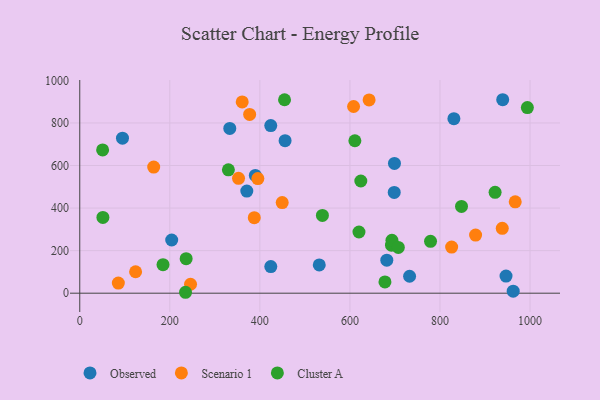
{"axis": {"x": "Study Hours", "y": "Exam Score"}, "legend": ["Cluster A", "Observed", "Scenario 1"], "data": [{"x": "681.9", "y": 155.1, "type": "Observed"}, {"x": "204.2", "y": 249.9, "type": "Observed"}, {"x": "389.9", "y": 553.2, "type": "Observed"}, {"x": "939.3", "y": 909.1, "type": "Observed"}, {"x": "371.0", "y": 479.7, "type": "Observed"}, {"x": "531.9", "y": 132.7, "type": "Observed"}, {"x": "962.6", "y": 9.4, "type": "Observed"}, {"x": "424.3", "y": 125.0, "type": "Observed"}, {"x": "830.9", "y": 820.0, "type": "Observed"}, {"x": "732.5", "y": 79.7, "type": "Observed"}, {"x": "424.2", "y": 787.4, "type": "Observed"}, {"x": "946.7", "y": 80.6, "type": "Observed"}, {"x": "94.9", "y": 728.2, "type": "Observed"}, {"x": "698.9", "y": 609.9, "type": "Observed"}, {"x": "698.4", "y": 473.7, "type": "Observed"}, {"x": "456.0", "y": 716.5, "type": "Observed"}, {"x": "333.2", "y": 774.1, "type": "Observed"}, {"x": "85.7", "y": 47.6, "type": "Scenario 1"}, {"x": "387.6", "y": 355.0, "type": "Scenario 1"}, {"x": "879.1", "y": 273.0, "type": "Scenario 1"}, {"x": "967.1", "y": 429.3, "type": "Scenario 1"}, {"x": "642.6", "y": 908.3, "type": "Scenario 1"}, {"x": "164.2", "y": 592.5, "type": "Scenario 1"}, {"x": "825.9", "y": 216.7, "type": "Scenario 1"}, {"x": "395.5", "y": 538.5, "type": "Scenario 1"}, {"x": "449.6", "y": 425.6, "type": "Scenario 1"}, {"x": "246.0", "y": 41.9, "type": "Scenario 1"}, {"x": "360.8", "y": 898.8, "type": "Scenario 1"}, {"x": "938.3", "y": 304.7, "type": "Scenario 1"}, {"x": "608.1", "y": 877.3, "type": "Scenario 1"}, {"x": "124.0", "y": 100.7, "type": "Scenario 1"}, {"x": "352.6", "y": 539.9, "type": "Scenario 1"}, {"x": "377.3", "y": 840.2, "type": "Scenario 1"}, {"x": "692.3", "y": 225.8, "type": "Cluster A"}, {"x": "677.8", "y": 52.8, "type": "Cluster A"}, {"x": "236.3", "y": 162.2, "type": "Cluster A"}, {"x": "994.1", "y": 872.3, "type": "Cluster A"}, {"x": "234.9", "y": 4.3, "type": "Cluster A"}, {"x": "693.3", "y": 248.3, "type": "Cluster A"}, {"x": "51.4", "y": 355.8, "type": "Cluster A"}, {"x": "50.8", "y": 673.1, "type": "Cluster A"}, {"x": "454.8", "y": 908.9, "type": "Cluster A"}, {"x": "611.0", "y": 716.3, "type": "Cluster A"}, {"x": "707.5", "y": 215.0, "type": "Cluster A"}, {"x": "779.0", "y": 243.8, "type": "Cluster A"}, {"x": "624.2", "y": 527.2, "type": "Cluster A"}, {"x": "538.9", "y": 365.6, "type": "Cluster A"}, {"x": "620.1", "y": 287.5, "type": "Cluster A"}, {"x": "847.8", "y": 407.5, "type": "Cluster A"}, {"x": "922.4", "y": 474.2, "type": "Cluster A"}, {"x": "330.1", "y": 579.6, "type": "Cluster A"}, {"x": "184.9", "y": 133.9, "type": "Cluster A"}]}